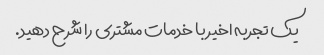
یک تجربه اخیر با خدمات مشتری را شرح دهید.